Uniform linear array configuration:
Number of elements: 48
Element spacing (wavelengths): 1
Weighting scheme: hamming
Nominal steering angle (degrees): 0
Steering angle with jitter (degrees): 0.008293
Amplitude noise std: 0.05
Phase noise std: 0.05

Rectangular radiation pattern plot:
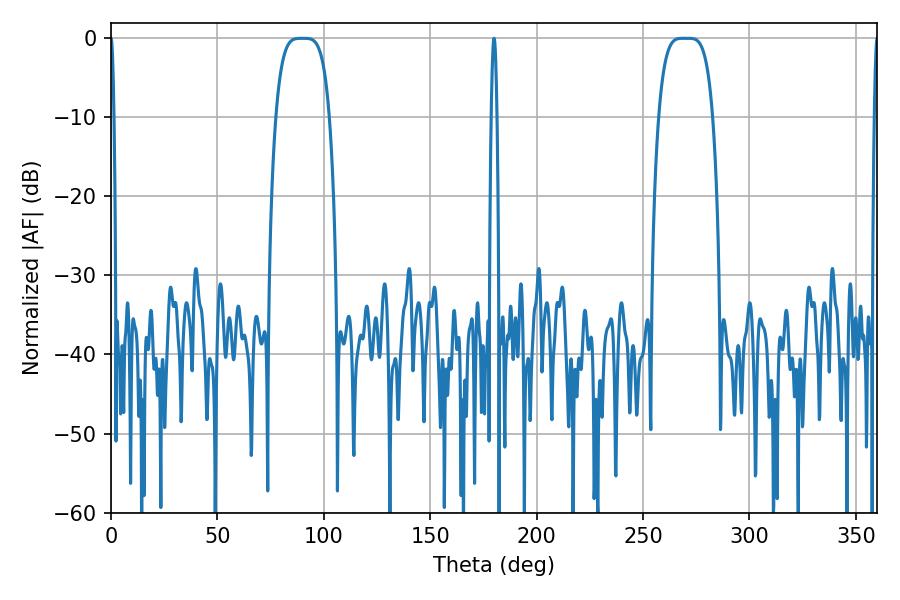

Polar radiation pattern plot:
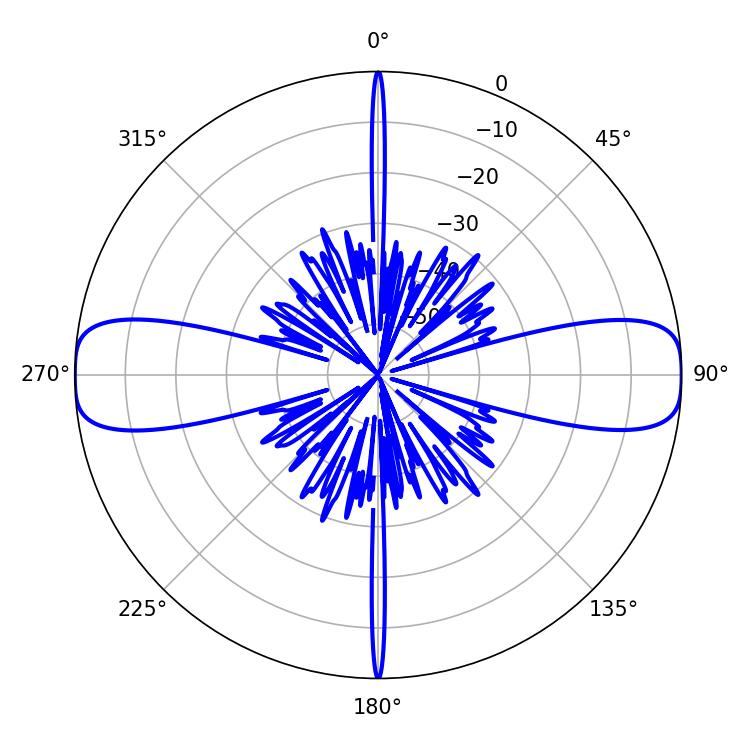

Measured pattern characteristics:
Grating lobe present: TRUE
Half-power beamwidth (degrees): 19.08
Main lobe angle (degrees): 268.74